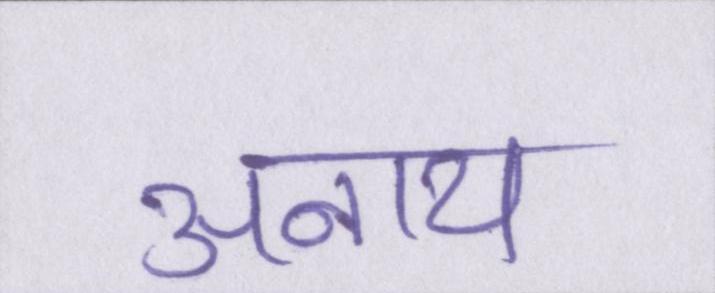
अनाथ